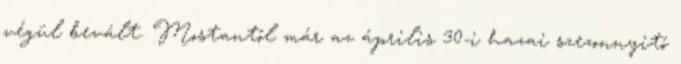
végül bevált. Mostantól már az április 30-i hazai szezonnyitó